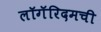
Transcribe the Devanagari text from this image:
लॉगॅरिदमची